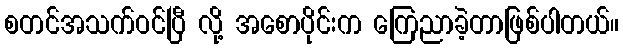
စတင်အသက်ဝင်ပြီ လို့ အစောပိုင်းက ကြေညာခဲ့တာဖြစ်ပါတယ်။